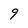
Character: 9